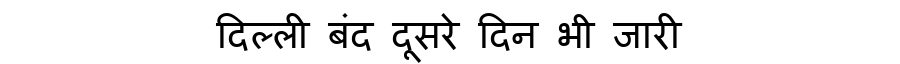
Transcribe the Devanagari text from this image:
दिल्ली बंद दूसरे दिन भी जारी